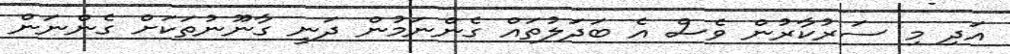
އަދި މި ސަރުކާރުން ވެސް އެ ބަދަލުތައް ގެންނަމުން ދަނީ ގާނޫނުތަކަށް ގެންނަން